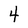
Character: 4